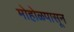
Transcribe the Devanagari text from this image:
मोहोळपासून